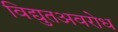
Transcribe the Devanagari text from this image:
विद्युतअवरोध